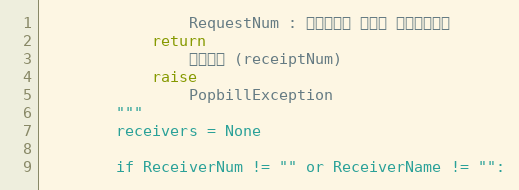
Language: Python
                RequestNum : 전송요청시 할당한 전송요청번호
            return
                접수번호 (receiptNum)
            raise
                PopbillException
        """
        receivers = None

        if ReceiverNum != "" or ReceiverName != "":